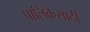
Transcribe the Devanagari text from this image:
पालिकेसाठी